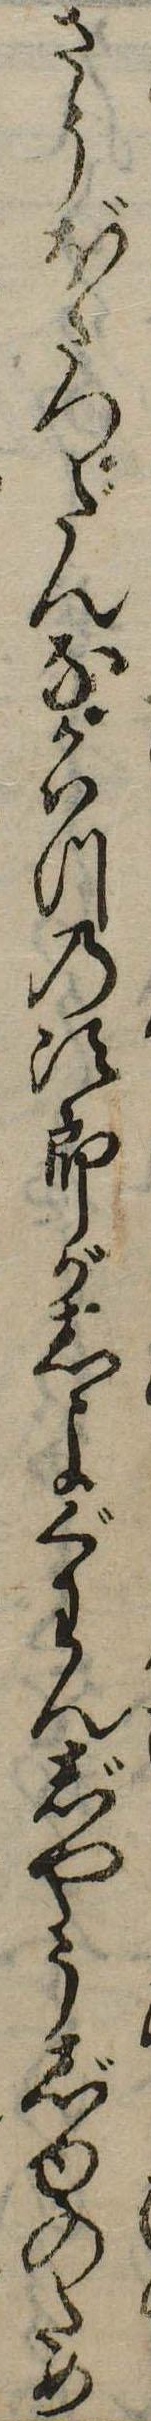
さうぼさつだんにかはつの次郎がしよぐわんじやうじゆのため